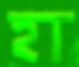
হা